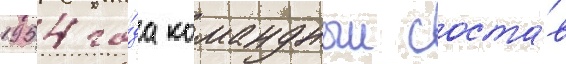
1954 го́да командныи соста́в